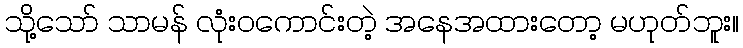
သို့သော် သာမန် လုံးဝကောင်းတဲ့ အနေအထားတော့ မဟုတ်ဘူး။